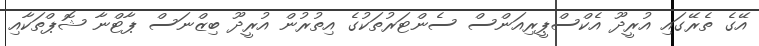
އޭގެ ތެރޭގައި އުރީދޫ އެކްސްޕީރިއަންސް ސެންޓަރުތަކުގެ އިތުރުން އުރީދޫ ބިޒްނަސް ޕާޓްނާ ޝޮޕްތަކާއި